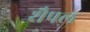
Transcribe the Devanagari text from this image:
शैपल